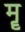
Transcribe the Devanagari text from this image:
मॄ